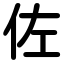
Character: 佐